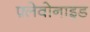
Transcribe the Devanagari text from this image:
फ़्लेवोनाइड